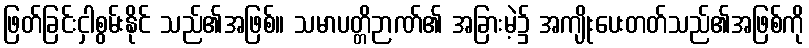
ဖြတ်ခြင်းငှါစွမ်းနိုင် သည်၏အဖြစ်။ သမာပတ္တိဉာဏ်၏ အခြားမဲ့၌ အကျိုးပေးတတ်သည်၏အဖြစ်ကို